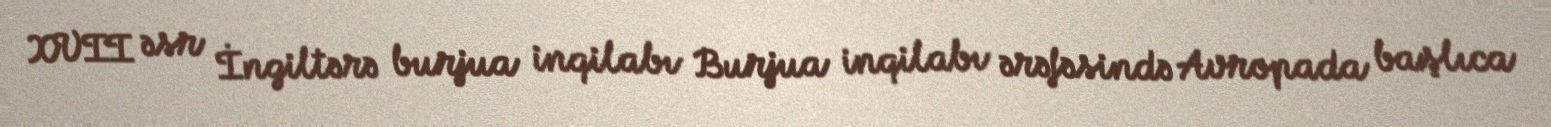
XVII əsr İngiltərə burjua inqilabı Burjua inqilabı ərəfəsində Avropada başlıca